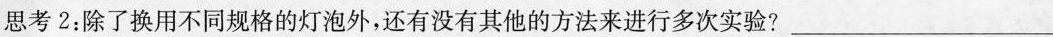
思考2.除了换用不同规格的灯泡外，还有没有其他的方法来进行多次实验?___